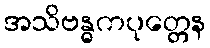
အသိဗန္ဓကပုတ္တေန